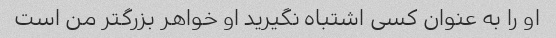
او را به عنوان کسی اشتباه نگیرید او خواهر بزرگتر من است